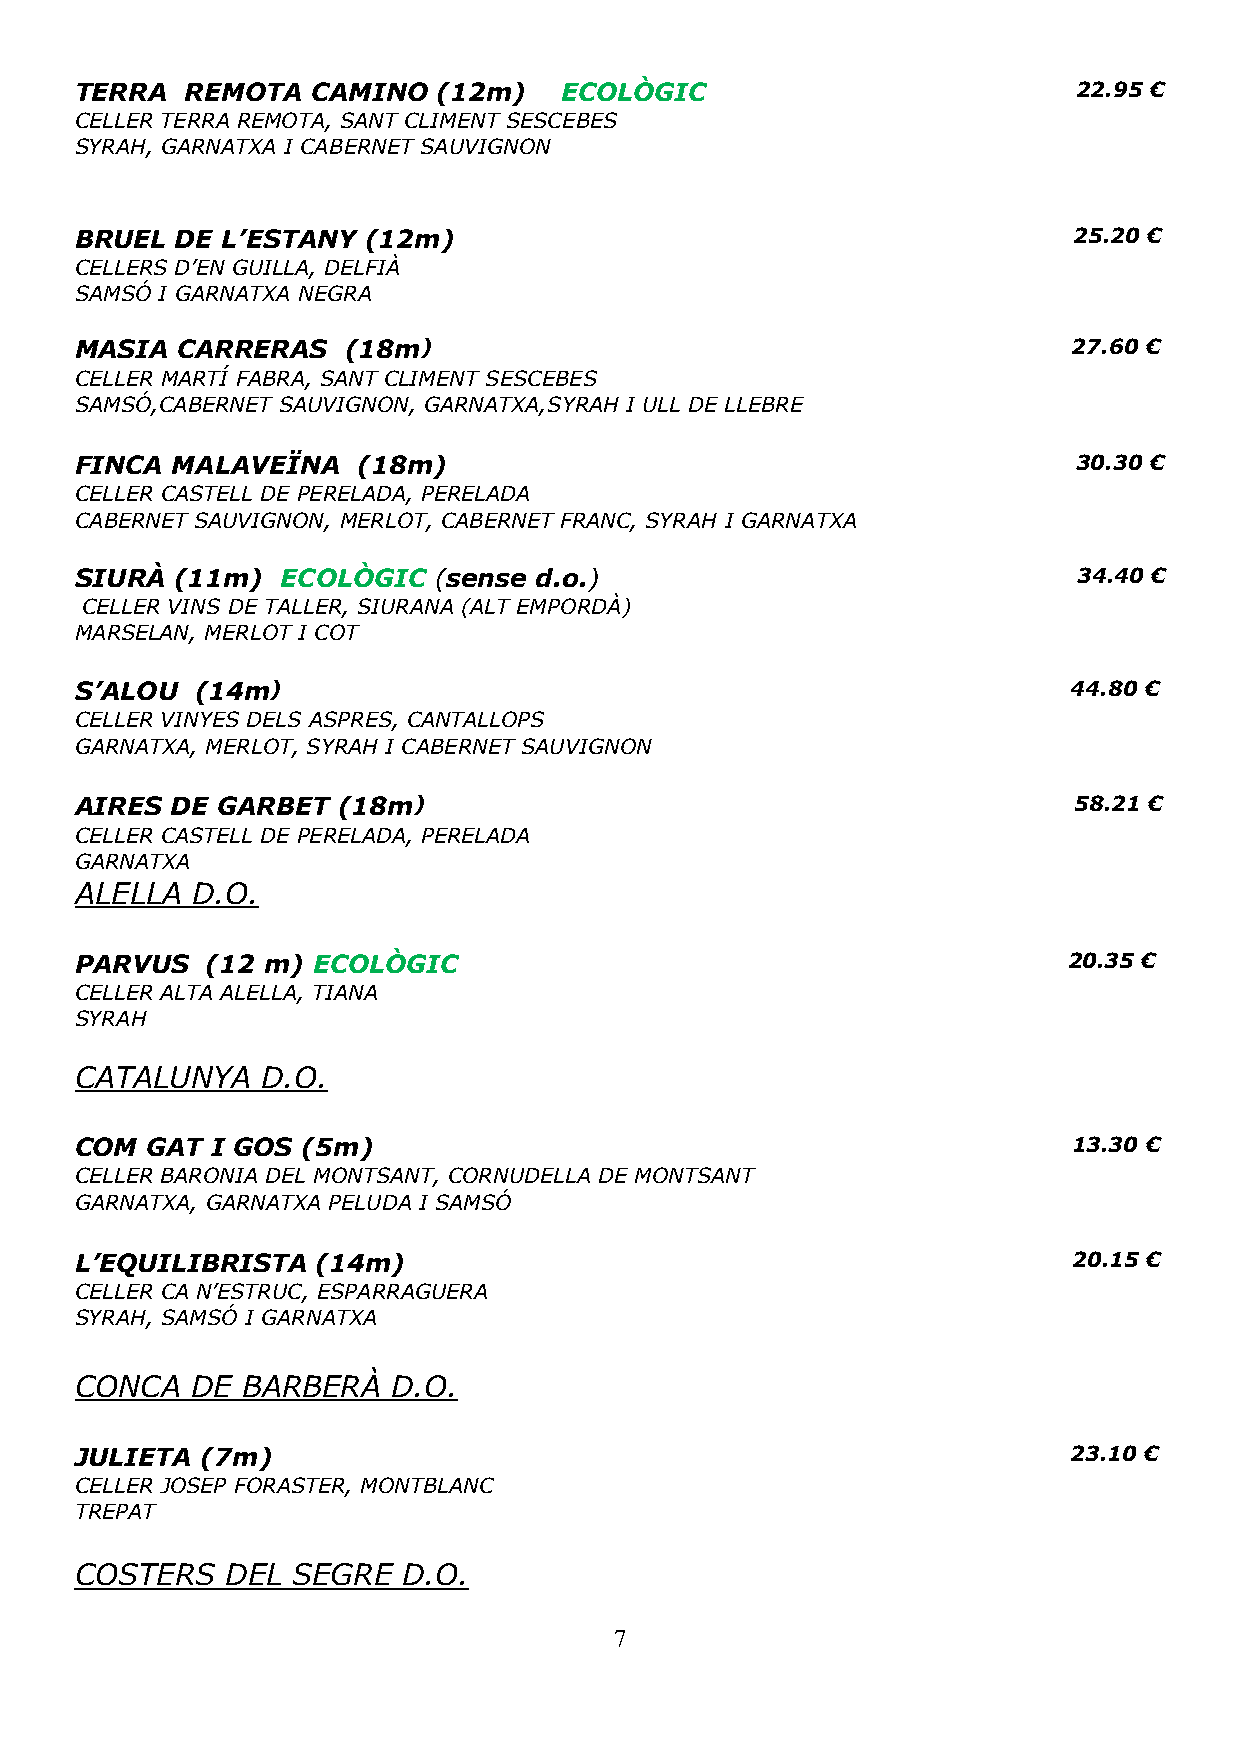
TERRA  REMOTA   CAMINO  (12m)   ECOLÒGIC                          22.95 €
 CELLER TERRA REMOTA, SANT CLIMENT SESCEBES
 SYRAH, GARNATXA I CABERNET SAUVIGNON
 BRUEL  DE L’ESTANY (12m)                                          25.20 €
 CELLERS D’EN GUILLA, DELFIÀ
 SAMSÓ I GARNATXA NEGRA
 MASIA  CARRERAS   (18m)                                           27.60 €
 CELLER MARTÍ FABRA, SANT CLIMENT SESCEBES
 SAMSÓ,CABERNET SAUVIGNON, GARNATXA,SYRAH I ULL DE LLEBRE
 FINCA MALAVEÏNA    (18m)                                          30.30 €
 CELLER CASTELL DE PERELADA, PERELADA
 CABERNET SAUVIGNON, MERLOT, CABERNET FRANC, SYRAH I GARNATXA
 SIURÀ  (11m)  ECOLÒGIC  (sense d.o.)                              34.40 €
 CELLER VINS DE TALLER, SIURANA (ALT EMPORDÀ)
 MARSELAN, MERLOT I COT
 S’ALOU  (14m)                                                     44.80 €
 CELLER VINYES DELS ASPRES, CANTALLOPS
 GARNATXA, MERLOT, SYRAH I CABERNET SAUVIGNON
 AIRES DE GARBET  (18m)                                            58.21 €
 CELLER CASTELL DE PERELADA, PERELADA
 GARNATXA
 ALELLA  D.O.
 PARVUS   (12 m) ECOLÒGIC                                          20.35 €
 CELLER ALTA ALELLA, TIANA
 SYRAH
 CATALUNYA   D.O.
 COM  GAT I GOS (5m)                                               13.30 €
 CELLER BARONIA DEL MONTSANT, CORNUDELLA DE MONTSANT
 GARNATXA, GARNATXA PELUDA I SAMSÓ
 L’EQUILIBRISTA  (14m)                                             20.15 €
 CELLER CA N’ESTRUC, ESPARRAGUERA
 SYRAH, SAMSÓ I GARNATXA
 CONCA   DE BARBERÀ   D.O.
 JULIETA (7m)                                                      23.10 €
 CELLER JOSEP FORASTER, MONTBLANC
 TREPAT
 COSTERS   DEL SEGRE   D.O.
 7